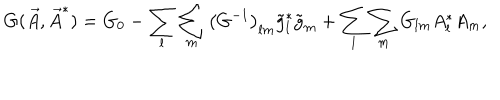
G ( \vec { A } , \vec { A } ^ { * } ) = G _ { 0 } - \sum _ { l } \sum _ { m } \left( G ^ { - 1 } \right) _ { l m } \tilde { g } _ { l } ^ { * } \tilde { g } _ { m } + \sum _ { l } \sum _ { m } G _ { l m } A _ { l } ^ { * } A _ { m } ,